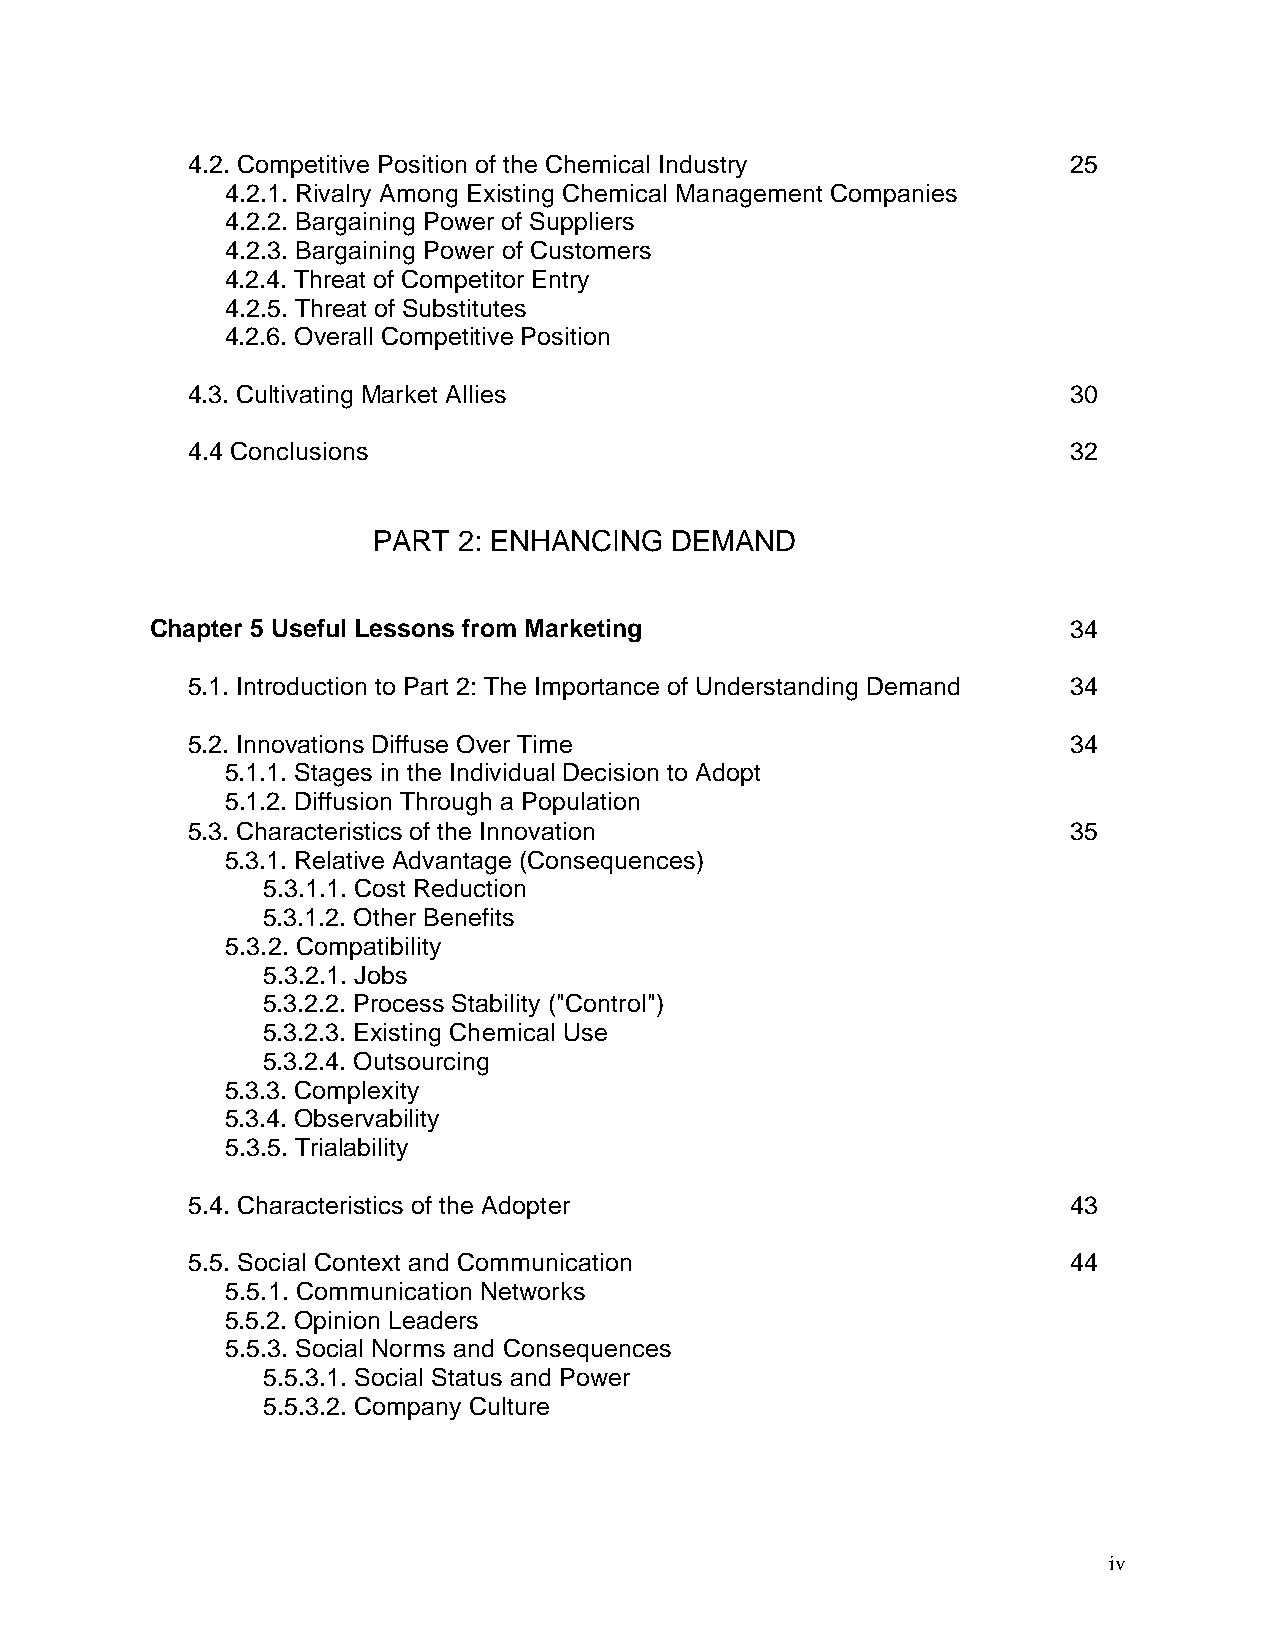
4.2. Competitive Position of the Chemical Industry         25
 4.2.1. Rivalry Among Existing Chemical Management Companies
 4.2.2. Bargaining Power of Suppliers
 4.2.3. Bargaining Power of Customers
 4.2.4. Threat of Competitor Entry
 4.2.5. Threat of Substitutes
 4.2.6. Overall Competitive Position
 4.3. Cultivating Market Allies                             30
 4.4 Conclusions                                            32
 PART 2: ENHANCING  DEMAND
 Chapter 5 Useful Lessons from Marketing                      34
 5.1. Introduction to Part 2: The Importance of Understanding Demand 34
 5.2. Innovations Diffuse Over Time                         34
 5.1.1. Stages in the Individual Decision to Adopt
 5.1.2. Diffusion Through a Population
 5.3. Characteristics of the Innovation                     35
 5.3.1. Relative Advantage (Consequences)
 5.3.1.1. Cost Reduction
 5.3.1.2. Other Benefits
 5.3.2. Compatibility
 5.3.2.1. Jobs
 5.3.2.2. Process Stability ("Control")
 5.3.2.3. Existing Chemical Use
 5.3.2.4. Outsourcing
 5.3.3. Complexity
 5.3.4. Observability
 5.3.5. Trialability
 5.4. Characteristics of the Adopter                        43
 5.5. Social Context and Communication                      44
 5.5.1. Communication Networks
 5.5.2. Opinion Leaders
 5.5.3. Social Norms and Consequences
 5.5.3.1. Social Status and Power
 5.5.3.2. Company Culture
 iv